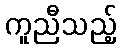
ကူညီသည့်